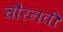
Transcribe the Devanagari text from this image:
चौरनवीं